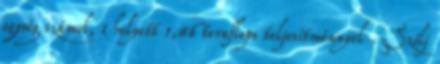
egység számol, 1 helyett 1,86 teraflops teljesítménnyel . Szólj